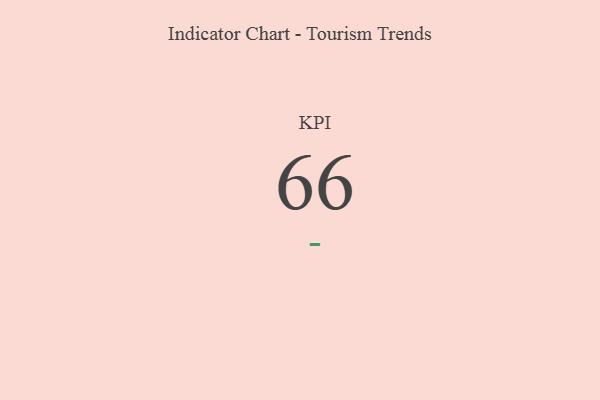
{"axis": {"x": "KPI", "y": "Value"}, "legend": [""], "data": [{"x": "KPI", "y": 66, "type": ""}]}